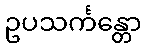
ဥပသင်္ကန္တော